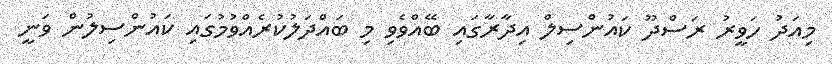
މިއަދު ހަވީރު ރަސްދޫ ކައުންސިލް އިދާރާގައި ބޭއްވެވި މި ބައްދަލުކުރެއްވުމުގައި ކައުންސިލުން ވަނީ